Document type: Testament
Year: 1362
Scribe: Berenguer Vergós
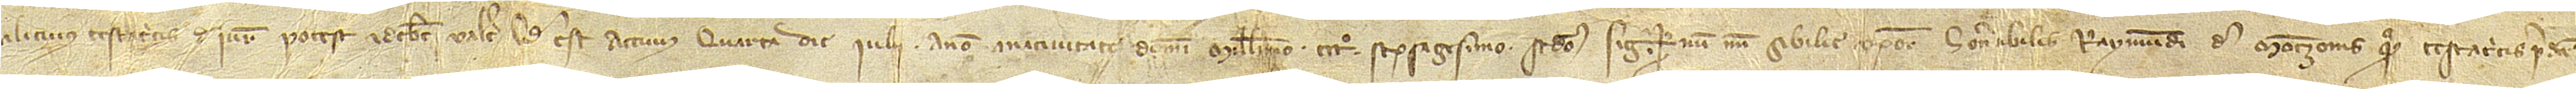
alicuius testatricis de iure potesta et debet valere.  Quod est actum quarta die iulii, anno a Nativitate Domini millesimo CCCº sexagesimo secundo. Sig+num Sibilie, uxoris honorabilis Raymundi de Montzonis, quondam, testatricis predicte,